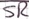
Text: SR